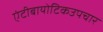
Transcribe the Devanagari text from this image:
एंटीबायोटिकउपचार